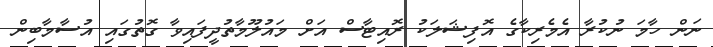
ނަން ހާމަ ނުކުރާ އެމެރިކާގެ އޮފިޝަލަކު ރޮއިޓާސް އަށް މައުލޫމާތުދީފައިވާ ގޮތުގައި އުސާމާބިން